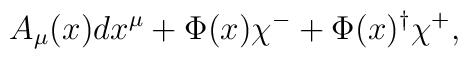
A_\mu(x) dx^\mu + \Phi(x) \chi^- +\Phi(x)^\dagger \chi^+,